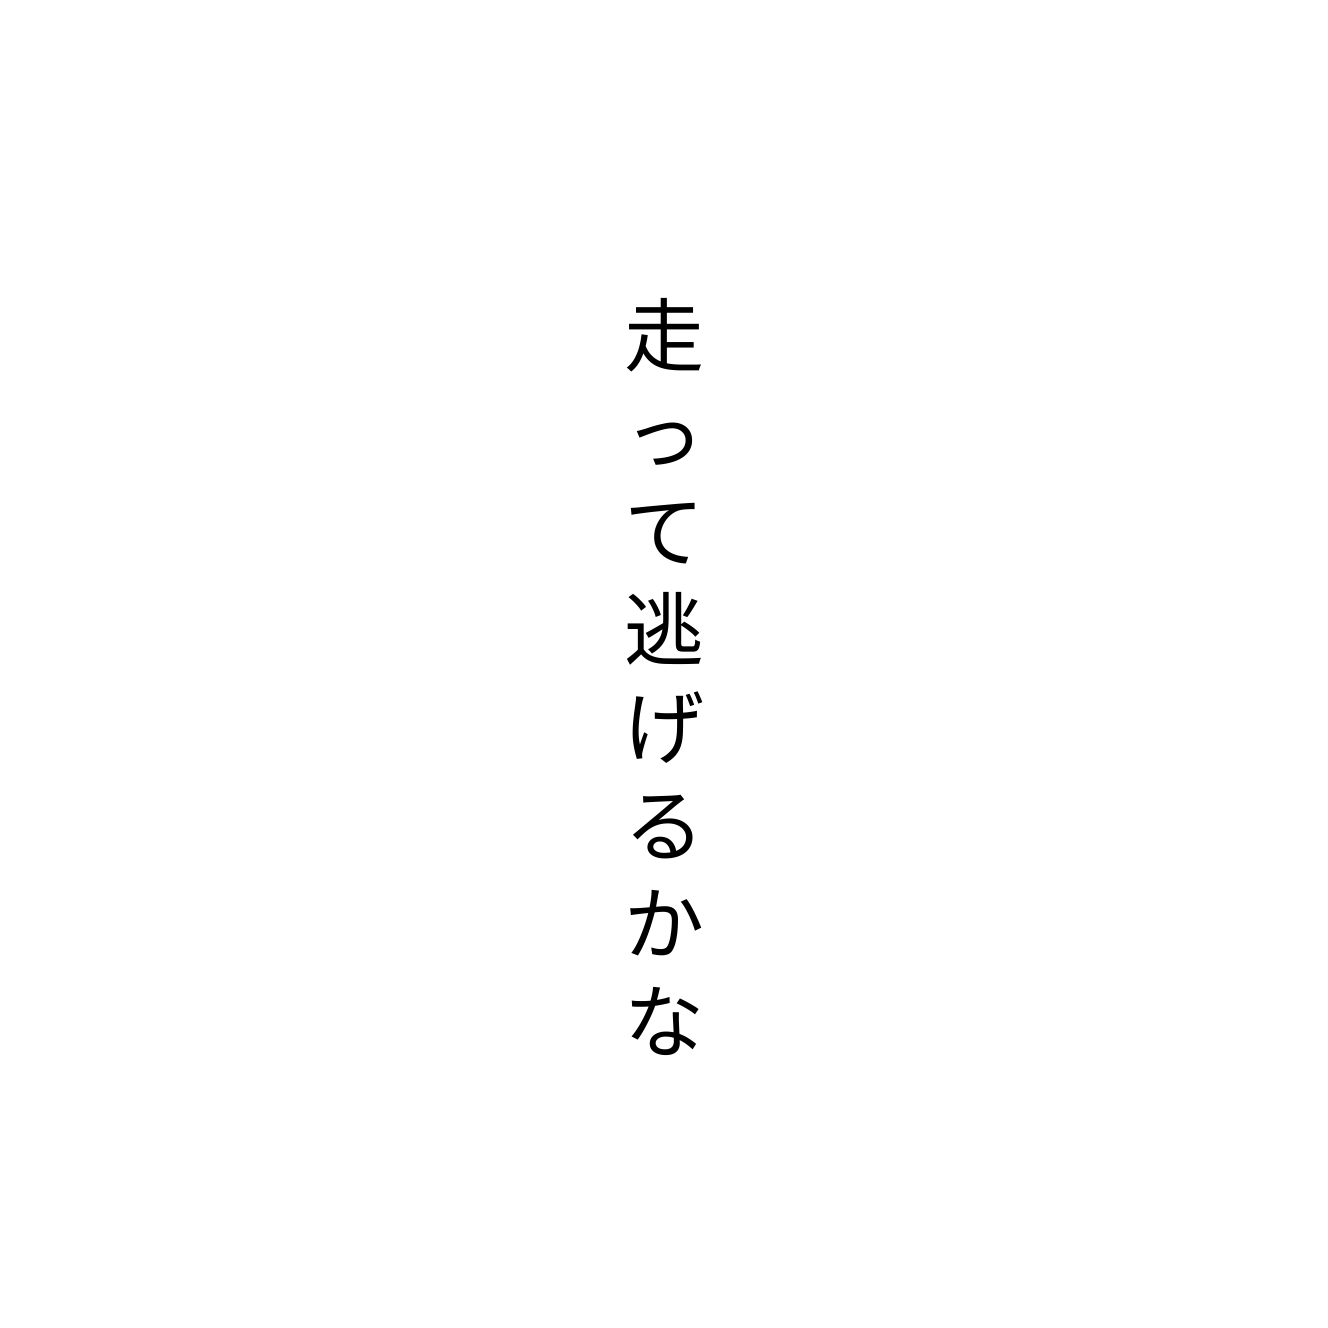
走って逃げるかな